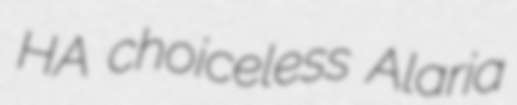
HA choiceless Alaria